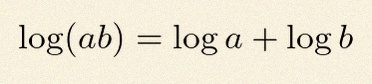
\log(ab)=\log a+\log b